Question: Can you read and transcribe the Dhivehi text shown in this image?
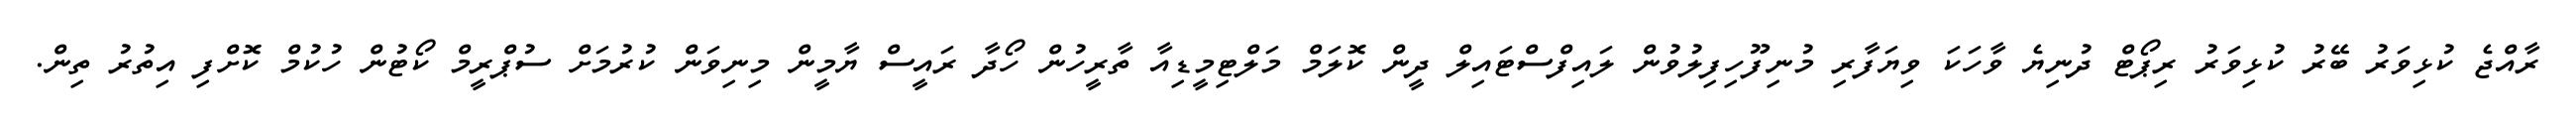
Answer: ރާއްޖެ ކުޅިވަރު ބޭރު ކުޅިވަރު ރިޕޯޓް ދުނިޔެ ވާހަކަ ވިޔަފާރި މުނިފޫހިފިލުވުން ލައިފްސްޓައިލް ދީން ކޮލަމް މަލްޓިމީޑިއާ ތާރީހުން ހޯދާ ރައީސް ޔާމީން މިނިވަން ކުރުމަށް ސުޕްރީމް ކޯޓުން ހުކުމް ކޮށްފި އިތުރު ތިން.